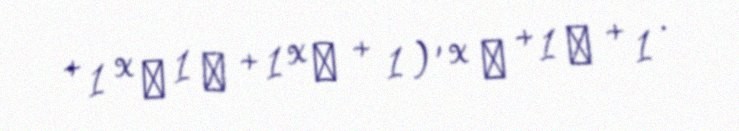
+ 1 x α 1 α + 1 x α + 1 ) ′ x α + 1 α + 1 .